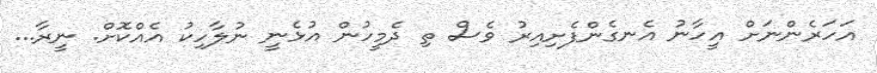
އަހަރެންނަށް އީހާނު އެނގެންފެށިއިރު ވެސް ތި ދެމީހުން އުޅެނީ ނުލާހިކު އެއްކޮށް. ނީރާ...